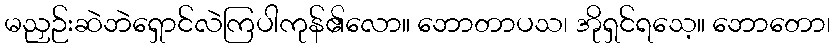
မညှဉ်းဆဲဘဲရှောင်လဲကြပါကုန်၏လော။ ဘောတာပသ၊ အိုရှင်ရသေ့။ ဘောတော၊